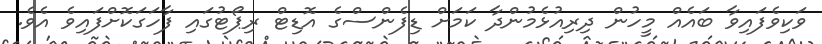
ވަކިވެފައިވާ ބައެއް މީހުން ދިރިއުޅެމުންދާ ކަމަށް ޑިފެންސްގެ އޮޑިޓް ރިޕޯޓުގައި ފާހަގަކޮށްފައިވެ އެވެ.